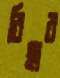
রিহার